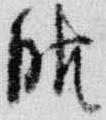
服